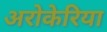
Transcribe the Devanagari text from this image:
अरोकेरिया